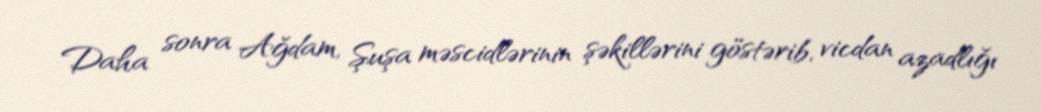
Daha sonra Ağdam, Şuşa məscidlərinin şəkillərini göstərib, vicdan azadlığı